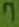
Text: 7